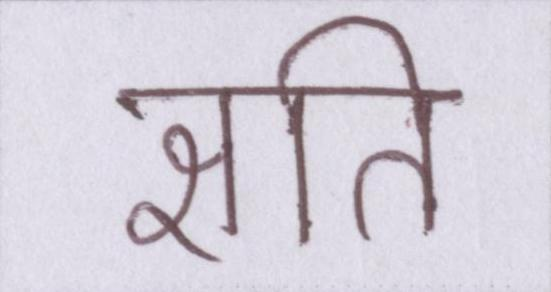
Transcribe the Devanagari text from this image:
क्षति